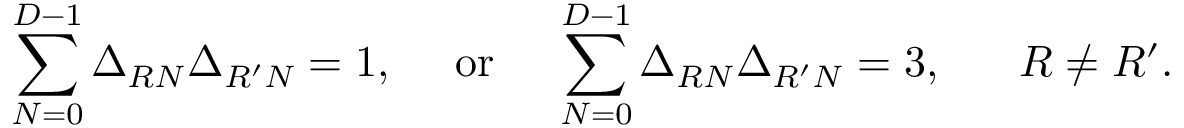
\sum _ { N = 0 } ^ { D - 1 } \Delta _ { R N } \Delta _ { R ^ { \prime } N } = 1 , ~ ~ ~ ~ \mathrm { o r } ~ ~ ~ ~ \sum _ { N = 0 } ^ { D - 1 } \Delta _ { R N } \Delta _ { R ^ { \prime } N } = 3 , ~ ~ ~ ~ ~ R \not = R ^ { \prime } .